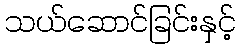
သယ်ဆောင်ခြင်းနှင့်